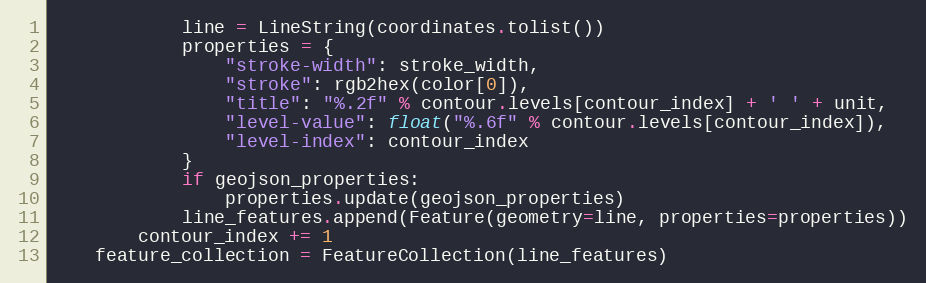
Language: Python
            line = LineString(coordinates.tolist())
            properties = {
                "stroke-width": stroke_width,
                "stroke": rgb2hex(color[0]),
                "title": "%.2f" % contour.levels[contour_index] + ' ' + unit,
                "level-value": float("%.6f" % contour.levels[contour_index]),
                "level-index": contour_index
            }
            if geojson_properties:
                properties.update(geojson_properties)
            line_features.append(Feature(geometry=line, properties=properties))
        contour_index += 1
    feature_collection = FeatureCollection(line_features)